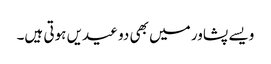
ویسے پشاور میں بھی دو عیدیں ہوتی ہیں۔